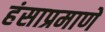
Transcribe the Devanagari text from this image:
हंसाप्रमाणे